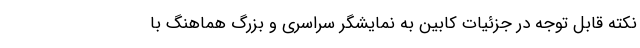
نکته قابل توجه در جزئیات کابین به نمایشگر سراسری و بزرگ هماهنگ با